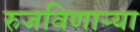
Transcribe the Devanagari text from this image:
रुजविणार्‍या